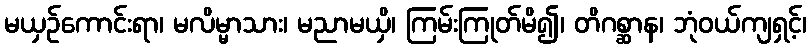
မယှဉ်ကောင်းရာ၊ မလိမ္မာသား၊ မညာမယှိ၊ ကြမ်းကြုတ်မိ၍၊ တိဂစ္ဆာန၊ ဘုံဝယ်ကျရှင့်၊